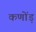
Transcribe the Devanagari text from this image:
कणोंड़